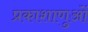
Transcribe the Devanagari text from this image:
प्रकाशाणुओं